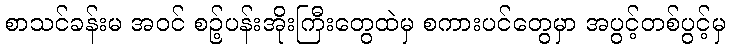
စာသင်ခန်းမ အဝင် စဉ့်ပန်းအိုးကြီးတွေထဲမှ စကားပင်တွေမှာ အပွင့်တစ်ပွင့်မှ